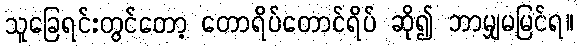
သူခြေရင်းတွင်တော့ တောရိပ်တောင်ရိပ် ဆို၍ ဘာမျှမမြင်ရ။